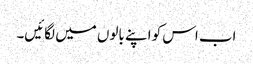
اب اس کو اپنے بالوں میں لگائیں۔